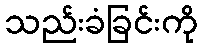
သည်းခံခြင်းကို